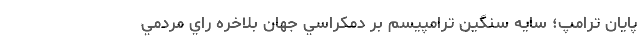
پايان ترامپ؛ سايه سنگين ترامپيسم بر دمكراسي جهان بلاخره راي مردمي